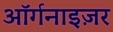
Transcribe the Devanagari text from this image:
ऑर्गनाइज़र